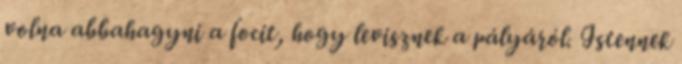
volna abbahagyni a focit, hogy levisznek a pályáról. Istennek